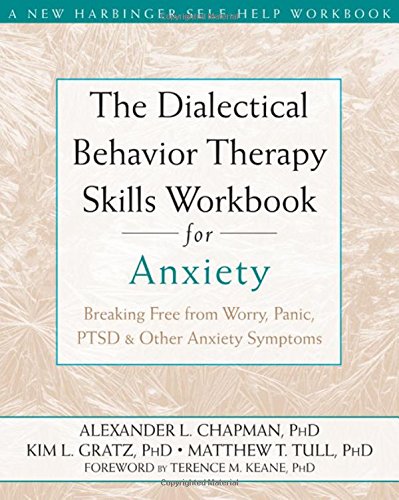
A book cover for The Dialectical Behavior Therapy Skills Workbook for Anxiety: Breaking Free from Worry, Panic, PTSD, and Other Anxiety Symptoms; Alexander L. Chapman PhD  RPsych; Self-Help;